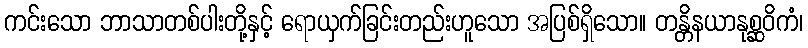
ကင်းသော ဘာသာတစ်ပါးတို့နှင့် ရောယှက်ခြင်းတည်းဟူသော အပြစ်ရှိသော။ တန္တိနယာနုစ္ဆဝိကံ၊